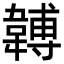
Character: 䪙